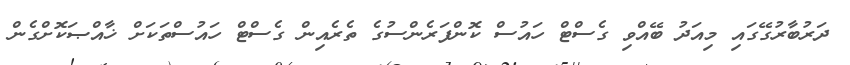
ދަރުބާރުގޭގައި މިއަދު ބޭއްވި ގެސްޓް ހައުސް ކޮންފަރެންސުގެ ތެރެއިން ގެސްޓް ހައުސްތަކަށް ޚާއްޞަކޮށްގެން